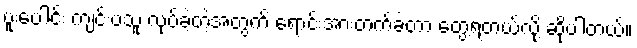
ပူးပေါင်း ကျင်းပသူ လုပ်ခဲ့တဲ့အတွက် ရောင်းအားတက်ခဲ့တာ တွေ့ရတယ်လို့ ဆိုပါတယ်။